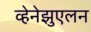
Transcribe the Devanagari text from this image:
व्हेनेझुएलन